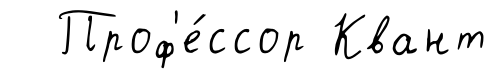
Проф'е́ссор Квант